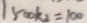
1 5 0 0 k _ { 2 } = 1 0 0